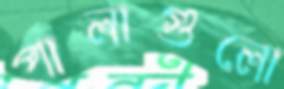
পালাগুলো